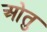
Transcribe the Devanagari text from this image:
ओतु